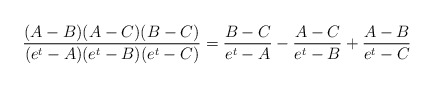
\begin{align*}\frac{(A-B)(A-C)(B-C)}{(e^t-A)(e^t-B)(e^t-C)} = \frac{B-C}{e^t-A} - \frac{A-C}{e^t-B} + \frac{A-B}{e^t-C}\end{align*}